Document type: Sale
Year: 1354
Scribe: Bernat de Torre
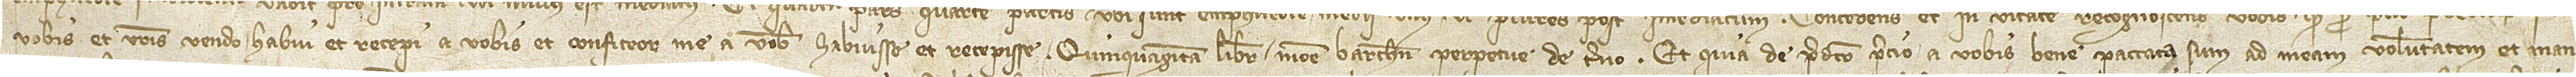
vobis et vestris vendo habui et recepi a vobis et confiteor me a vobis habuisse et recepisse quinquaginta libras monete Barchinone perpetue de terno. Et quia de predicto precio a vobis bene paccata sum ad meam voluntatem et man-